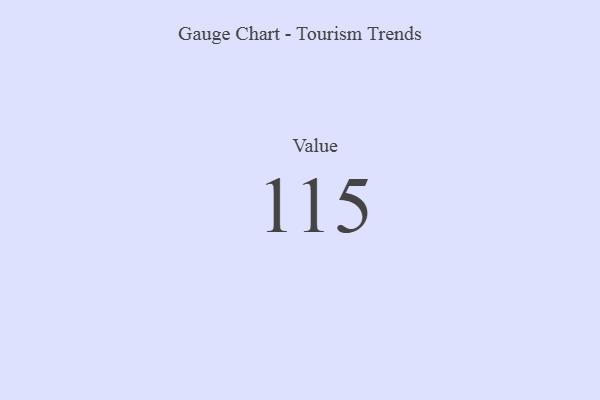
{"axis": {"x": "Metric", "y": "Value"}, "legend": [""], "data": [{"x": "Value", "y": 115, "type": ""}]}